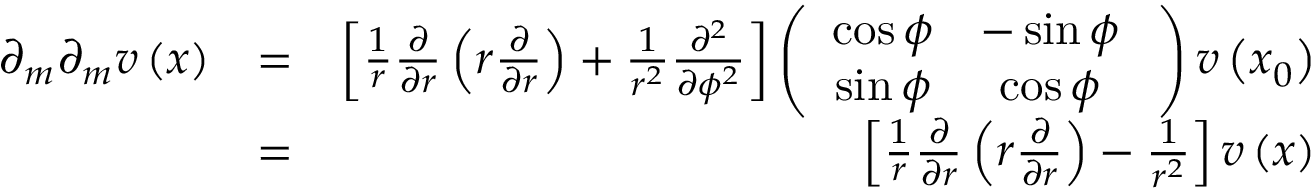
\begin{array} { r l r } { \partial _ { m } \partial _ { m } \boldsymbol { v } \left( \boldsymbol { x } \right) } & { = } & { \left[ \frac { 1 } { r } \frac { \partial } { \partial r } \left( r \frac { \partial } { \partial r } \right) + \frac { 1 } { r ^ { 2 } } \frac { \partial ^ { 2 } } { \partial \phi ^ { 2 } } \right] \left( \begin{array} { c c } { \cos \phi } & { - \sin \phi } \\ { \sin \phi } & { \cos \phi } \end{array} \; \right) \boldsymbol { v } \left( \boldsymbol { x } _ { 0 } \right) } \\ & { = } & { \left[ \frac { 1 } { r } \frac { \partial } { \partial r } \left( r \frac { \partial } { \partial r } \right) - \frac { 1 } { r ^ { 2 } } \right] \boldsymbol { v } \left( \boldsymbol { x } \right) } \end{array}